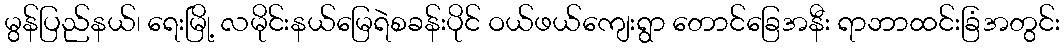
မွန်ပြည်နယ်၊ ရေးမြို့ လမိုင်းနယ်မြေရဲစခန်းပိုင် ဝယ်ဖယ်ကျေးရွာ တောင်ခြေအနီး ရာဘာထင်းခြံအတွင်း